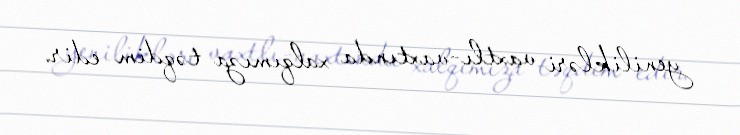
yenilikləri vaxtlı-vaxtında xalqımıza təqdim edir.